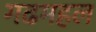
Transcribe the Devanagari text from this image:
गढमहल